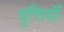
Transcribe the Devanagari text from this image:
वृत्तियॉँ